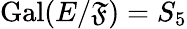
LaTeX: \operatorname{Gal}(E/\mathfrak{F})=S_{5}